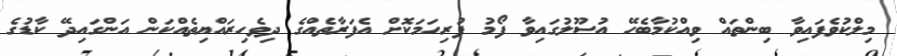
މިލްކުވެފައިވާ ބިންތައް ވިއްކުމާބެހޭ އުސޫލުގައިވާ ފޯމު ފުރިހަމަކޮށް އެފަރާތެއްގެ ދިވެހިރައްޔިތެއްކަން އަންގައިދޭ ކާޑުގެ